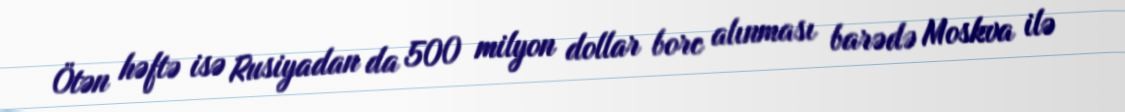
Ötən həftə isə Rusiyadan da 500 milyon dollar borc alınması barədə Moskva ilə